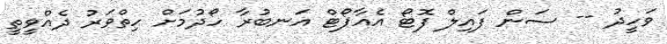
ވަހީދު -- ސަން ފައިލް ފޮޓޯ އެއާޕޯޓް އަނބުރާ ހޯދުމަށް ހިތްވަރު ދެއްވީތީ